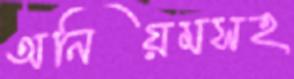
অনিয়মসহ